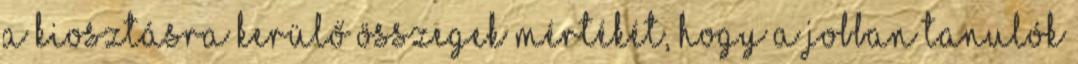
a kiosztásra kerülő összegek mértékét, hogy a jobban tanulók